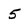
Character: 5